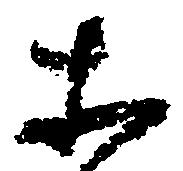
等